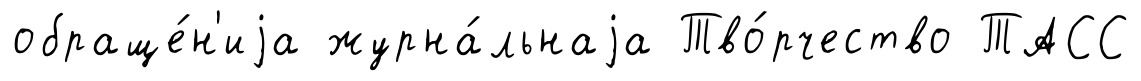
обраще́н'иjа журна́льнаjа Тво́рчество ТАСС